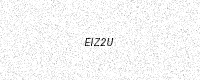
Text: EIZ2U